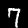
Label: 7